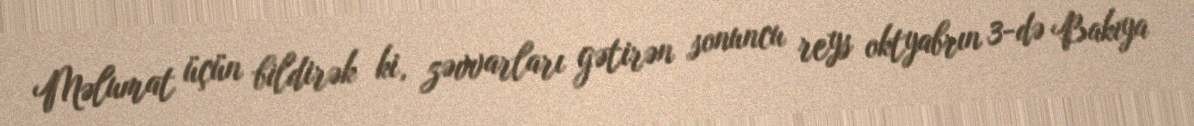
Məlumat üçün bildirək ki, zəvvarları gətirən sonuncu reys oktyabrın 3-də Bakıya